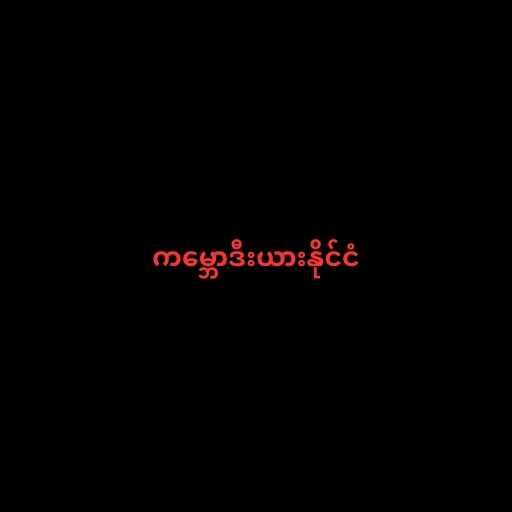
ကမ္ဘောဒီးယားနိုင်ငံ